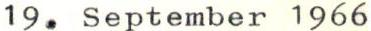
19. September 1966